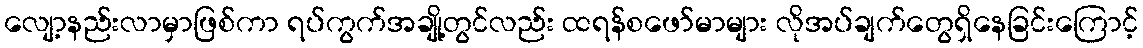
လျော့နည်းလာမှာဖြစ်ကာ ရပ်ကွက်အချို့တွင်လည်း ထရန်စဖော်မာများ လိုအပ်ချက်တွေရှိနေခြင်းကြောင့်